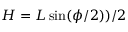
\begin{array} { r } { H = L \sin ( \phi / 2 ) ) / 2 } \end{array}